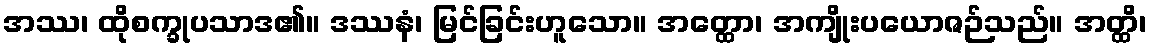
အဿ၊ ထိုစက္ခုပသာဒ၏။ ဒဿနံ၊ မြင်ခြင်းဟူသော။ အတ္ထော၊ အကျိုးပယောဇဉ်သည်။ အတ္ထိ၊